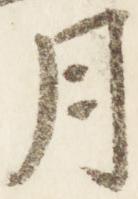
月